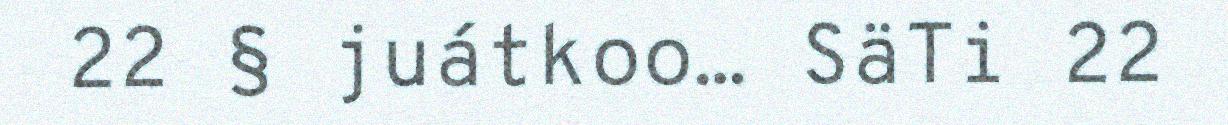
22 § juátkoo… SäTi 22